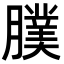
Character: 𦢂